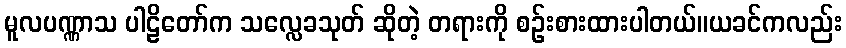
မူလပဏ္ဏာသ ပါဠိတော်က သလ္လေခသုတ် ဆိုတဲ့ တရားကို စဉ်းစားထားပါတယ်။ယခင်ကလည်း